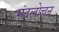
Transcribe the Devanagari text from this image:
मंदलोचन